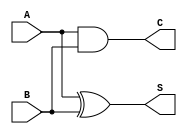
/*************************************************
* Half Adder program
* October 13, 2018
*************************************************/

module half_adder(A,B,C,S);

input A,B;
output C,S;

and G1(C,A,B);
xor G2(S,A,B);

endmodule